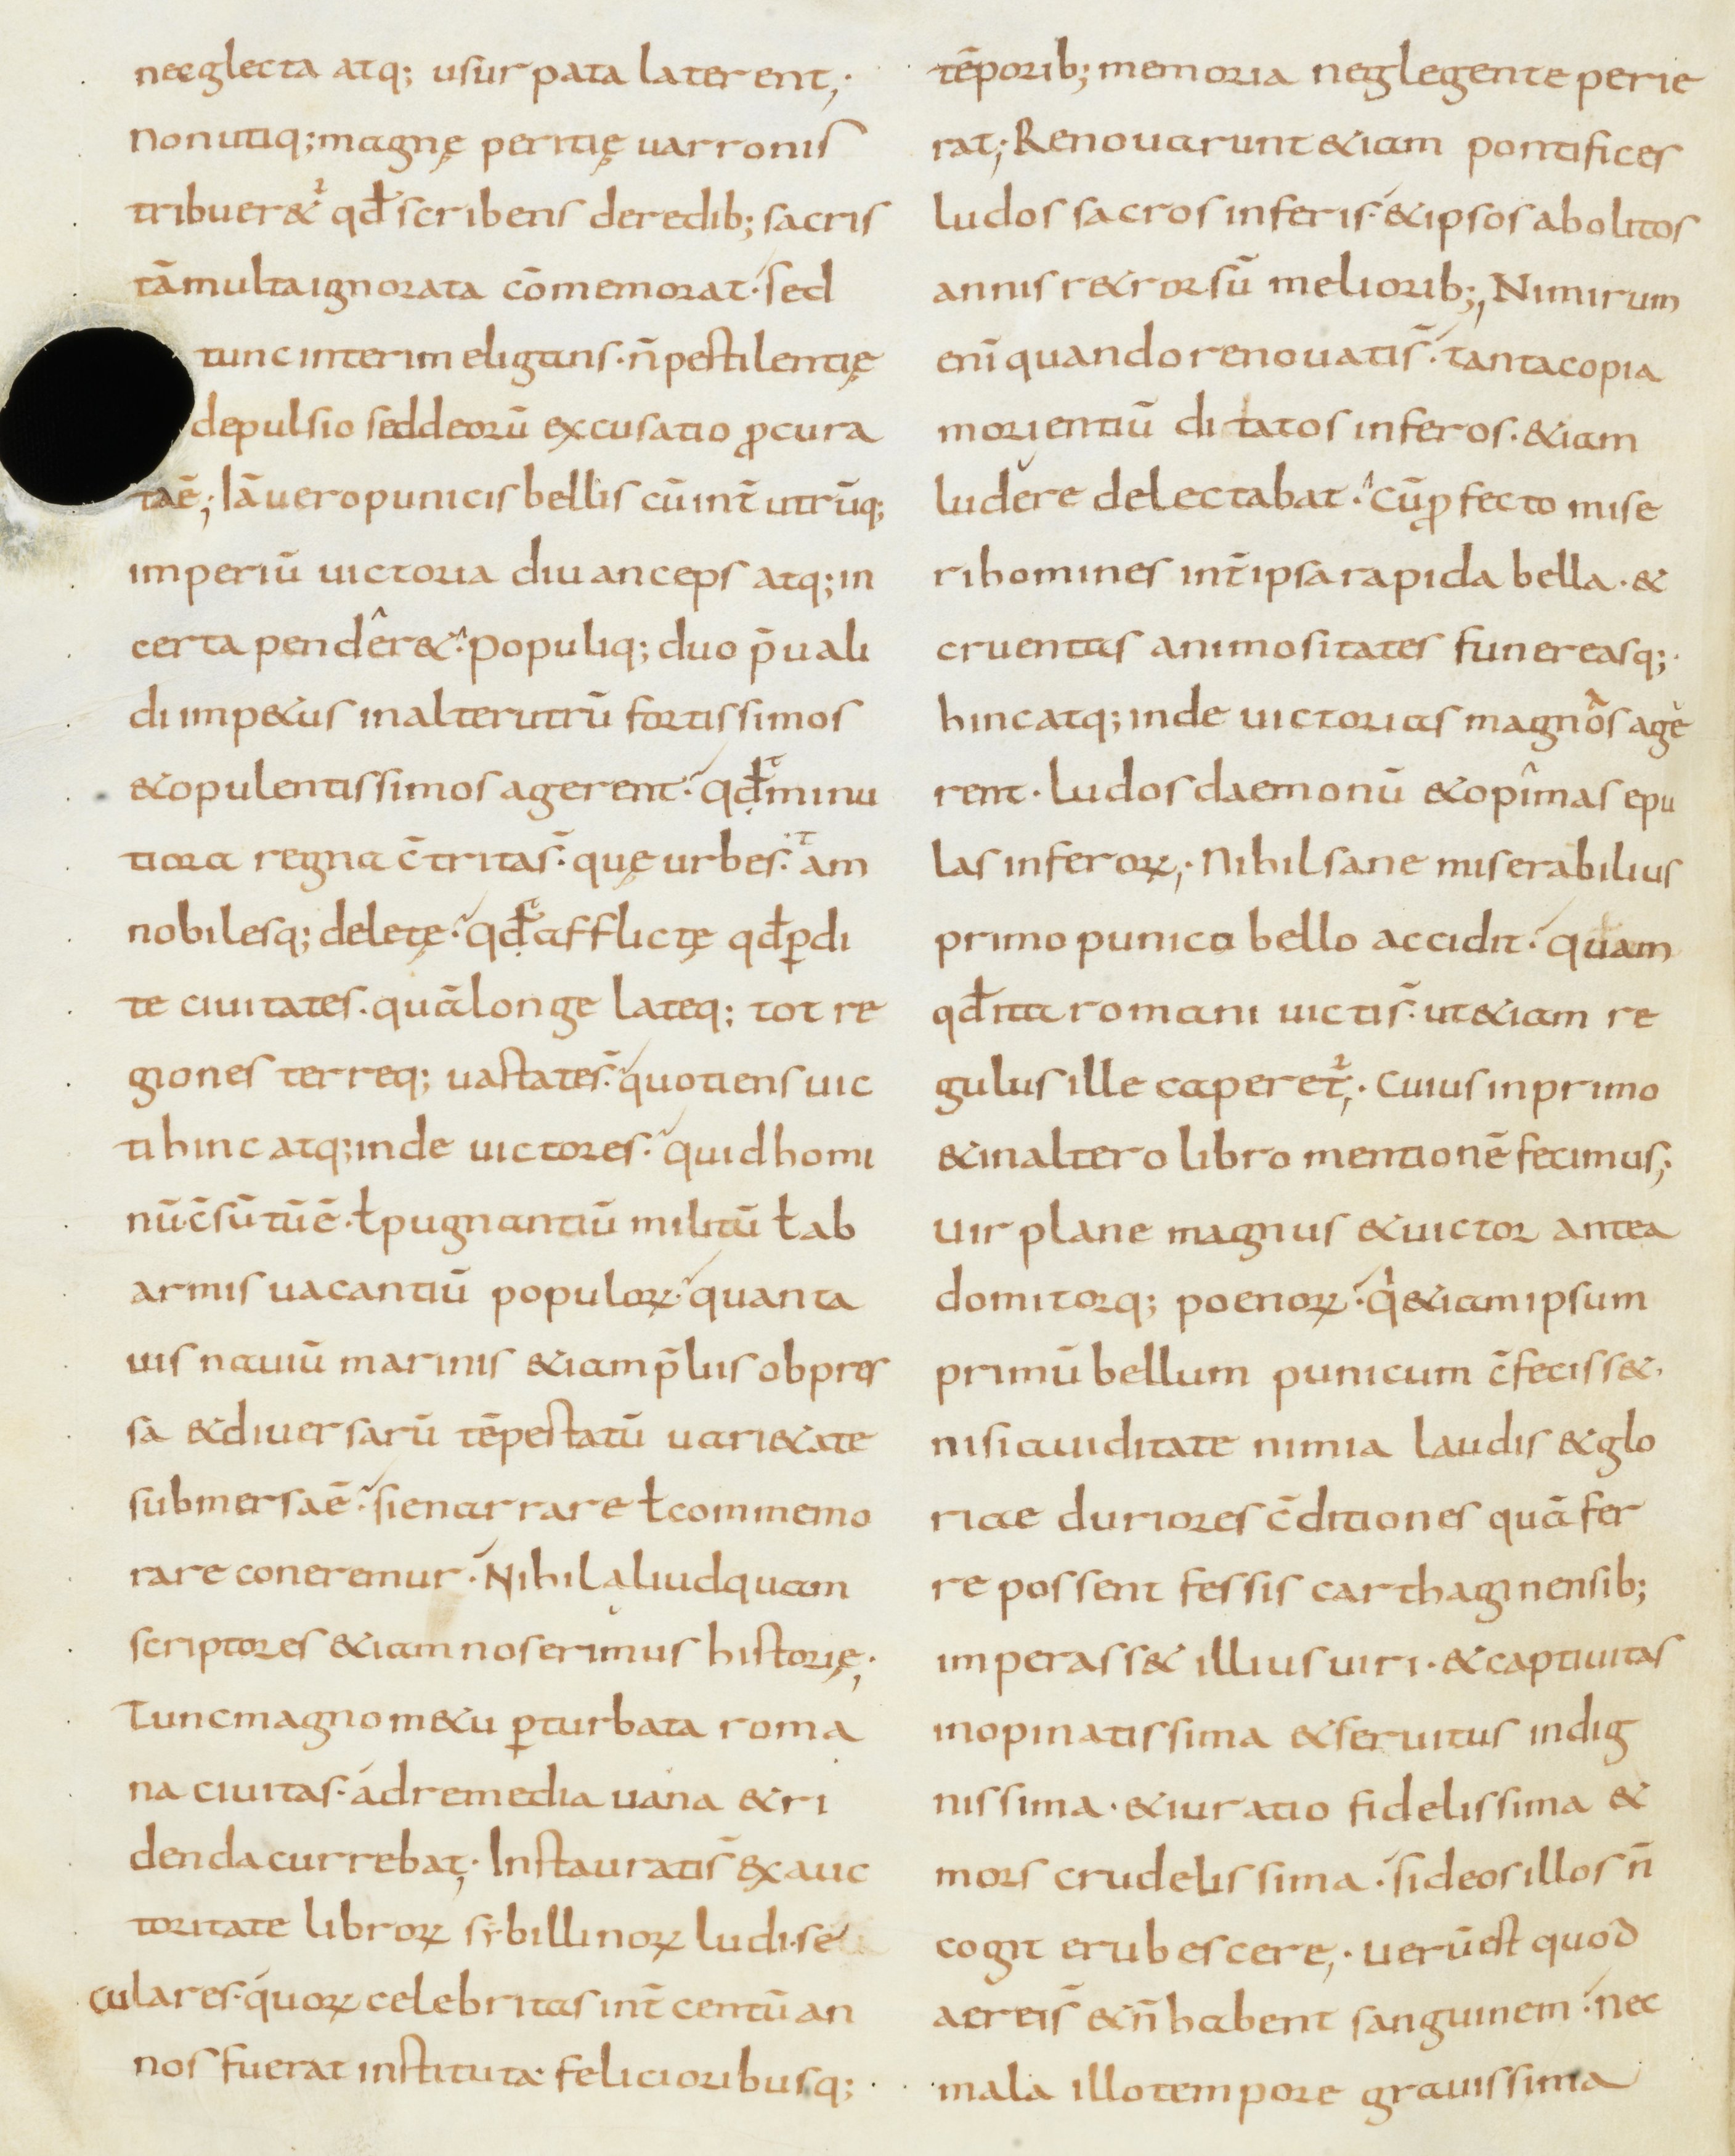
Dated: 800–899